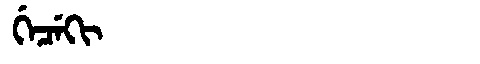
Manchu: ᡤᡝᠴᡝᡴᡳ
Romanization: GECEKI